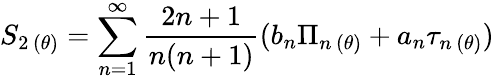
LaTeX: S_{2\, (\theta)}=\sum_{n=1}^{\infty}\frac{2n+1}{n(n+1)}(b_{n}\Pi_{n\, (\theta)}+a_{n}\tau_{n\, (\theta)})